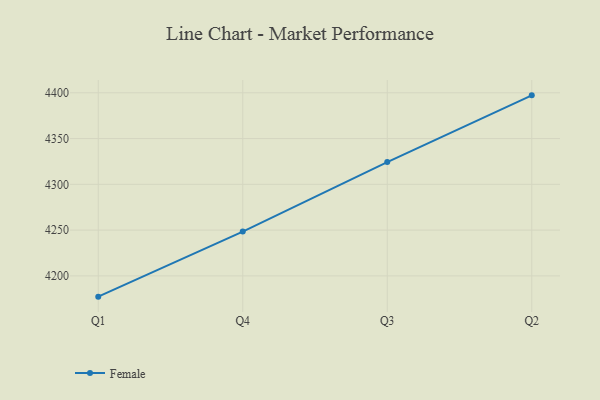
{"axis": {"x": "Quarter", "y": "Waste Production (Tons)"}, "legend": ["Female"], "data": [{"x": "Q1", "y": 4177.3, "type": "Female"}, {"x": "Q4", "y": 4248.4, "type": "Female"}, {"x": "Q3", "y": 4324.3, "type": "Female"}, {"x": "Q2", "y": 4397.2, "type": "Female"}]}